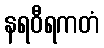
နရဝီရကတံ